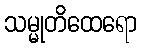
သမ္မုတိထေရော